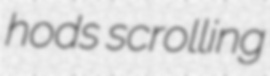
hods scrolling